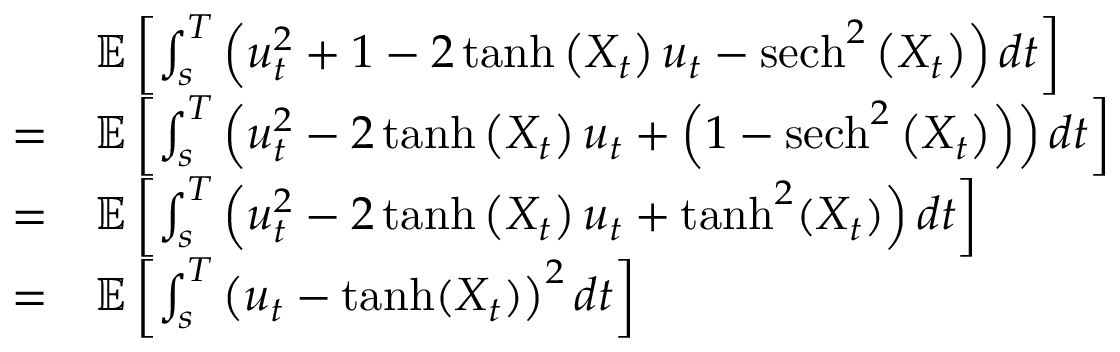
\begin{array} { r l } & { \mathbb { E } \left[ \int _ { s } ^ { T } \left( u _ { t } ^ { 2 } + 1 - 2 \operatorname { t a n h } \left( X _ { t } \right) u _ { t } - \operatorname { s e c h } ^ { 2 } \left( X _ { t } \right) \right) d t \right] } \\ { = } & { \mathbb { E } \left[ \int _ { s } ^ { T } \left( u _ { t } ^ { 2 } - 2 \operatorname { t a n h } \left( X _ { t } \right) u _ { t } + \left( 1 - \operatorname { s e c h } ^ { 2 } \left( X _ { t } \right) \right) \right) d t \right] } \\ { = } & { \mathbb { E } \left[ \int _ { s } ^ { T } \left( u _ { t } ^ { 2 } - 2 \operatorname { t a n h } \left( X _ { t } \right) u _ { t } + \operatorname { t a n h } ^ { 2 } ( X _ { t } ) \right) d t \right] } \\ { = } & { \mathbb { E } \left[ \int _ { s } ^ { T } \left( u _ { t } - \operatorname { t a n h } ( X _ { t } ) \right) ^ { 2 } d t \right] } \end{array}